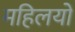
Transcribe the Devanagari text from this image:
महिलयों